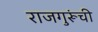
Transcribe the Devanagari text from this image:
राजगुरूंची